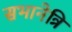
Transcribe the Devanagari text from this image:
सभानेत्रि